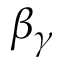
\beta _ { \gamma }